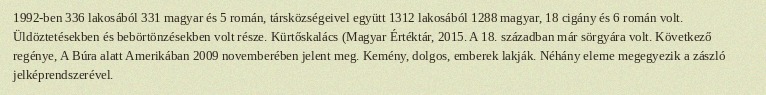
1992-ben 336 lakosából 331 magyar és 5 román, társközségeivel együtt 1312 lakosából 1288 magyar, 18 cigány és 6 román volt. Üldöztetésekben és bebörtönzésekben volt része. Kürtőskalács (Magyar Értéktár, 2015. A 18. században már sörgyára volt. Következő regénye, A Búra alatt Amerikában 2009 novemberében jelent meg. Kemény, dolgos, emberek lakják. Néhány eleme megegyezik a zászló jelképrendszerével.